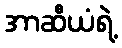
အာဆီယံရဲ့